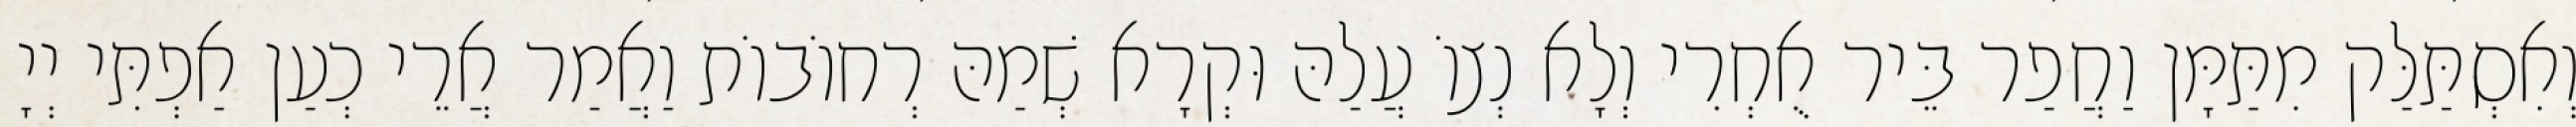
וְאִסְתַּלַּק מִתַּמָּן וַחֲפַר בֵּיר אֻחְרִי וְלָא נְצוֹ עֲלַהּ וּקְרָא שְׁמַהּ רְחוֹבוֹת וַאֲמַר אֲרֵי כְעַן אַפְתִּי יְיָ